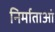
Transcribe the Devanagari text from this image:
निर्माताआं